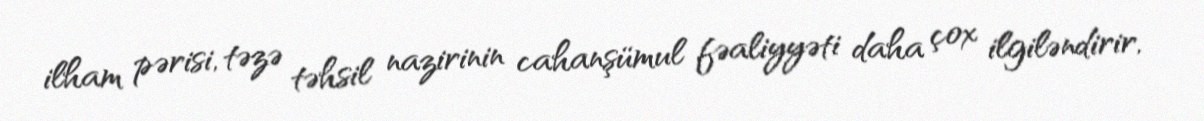
ilham pərisi, təzə təhsil nazirinin cahanşümul fəaliyyəti daha çox ilgiləndirir,